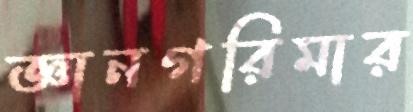
জ্ঞানগরিমার